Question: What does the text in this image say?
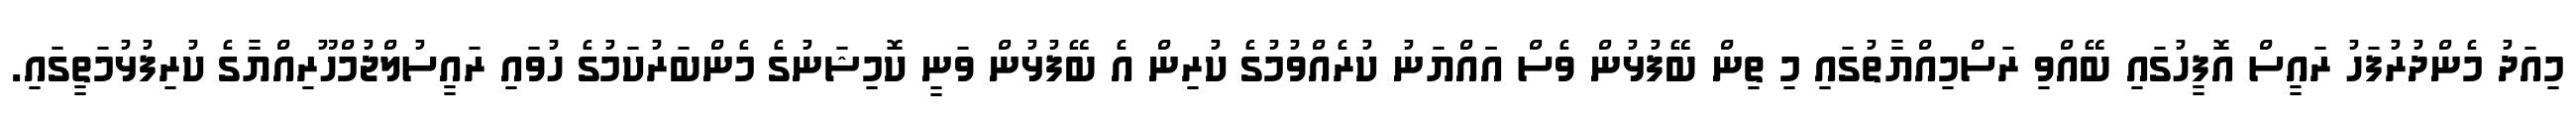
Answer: މިއަދު މެންދުރުފަހު ރައީސް އޮފީހުގައި ބޭއްވި ރަސްމިއްޔާތުގައި މި ތިން ބޭފުޅުން ވެސް އަައްޔަނު ކުރެއްވުމުގެ ކުރިން އެ ބޭފުޅުން ވަނީ ކޮމިޝަނުގެ މެންބަރުކަމުގެ ހުވައި ރައީސުލްޖުމްހޫރިއްޔާގެ ކުރިފުޅުމަތީގައި.